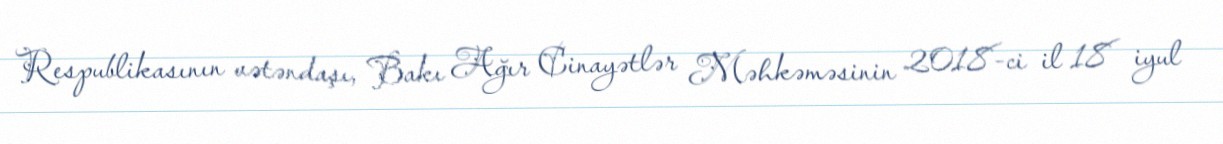
Respublikasının vətəndaşı, Bakı Ağır Cinayətlər Məhkəməsinin 2018-ci il 18 iyul